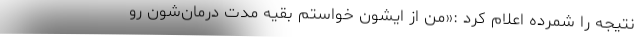
نتیجه را شمرده اعلام کرد :«من از ایشون خواستم بقیه مدت درمان‌شون رو